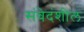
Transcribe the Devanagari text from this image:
संवेदंशील